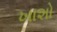
ખાશો